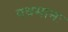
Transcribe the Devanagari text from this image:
पवमानः